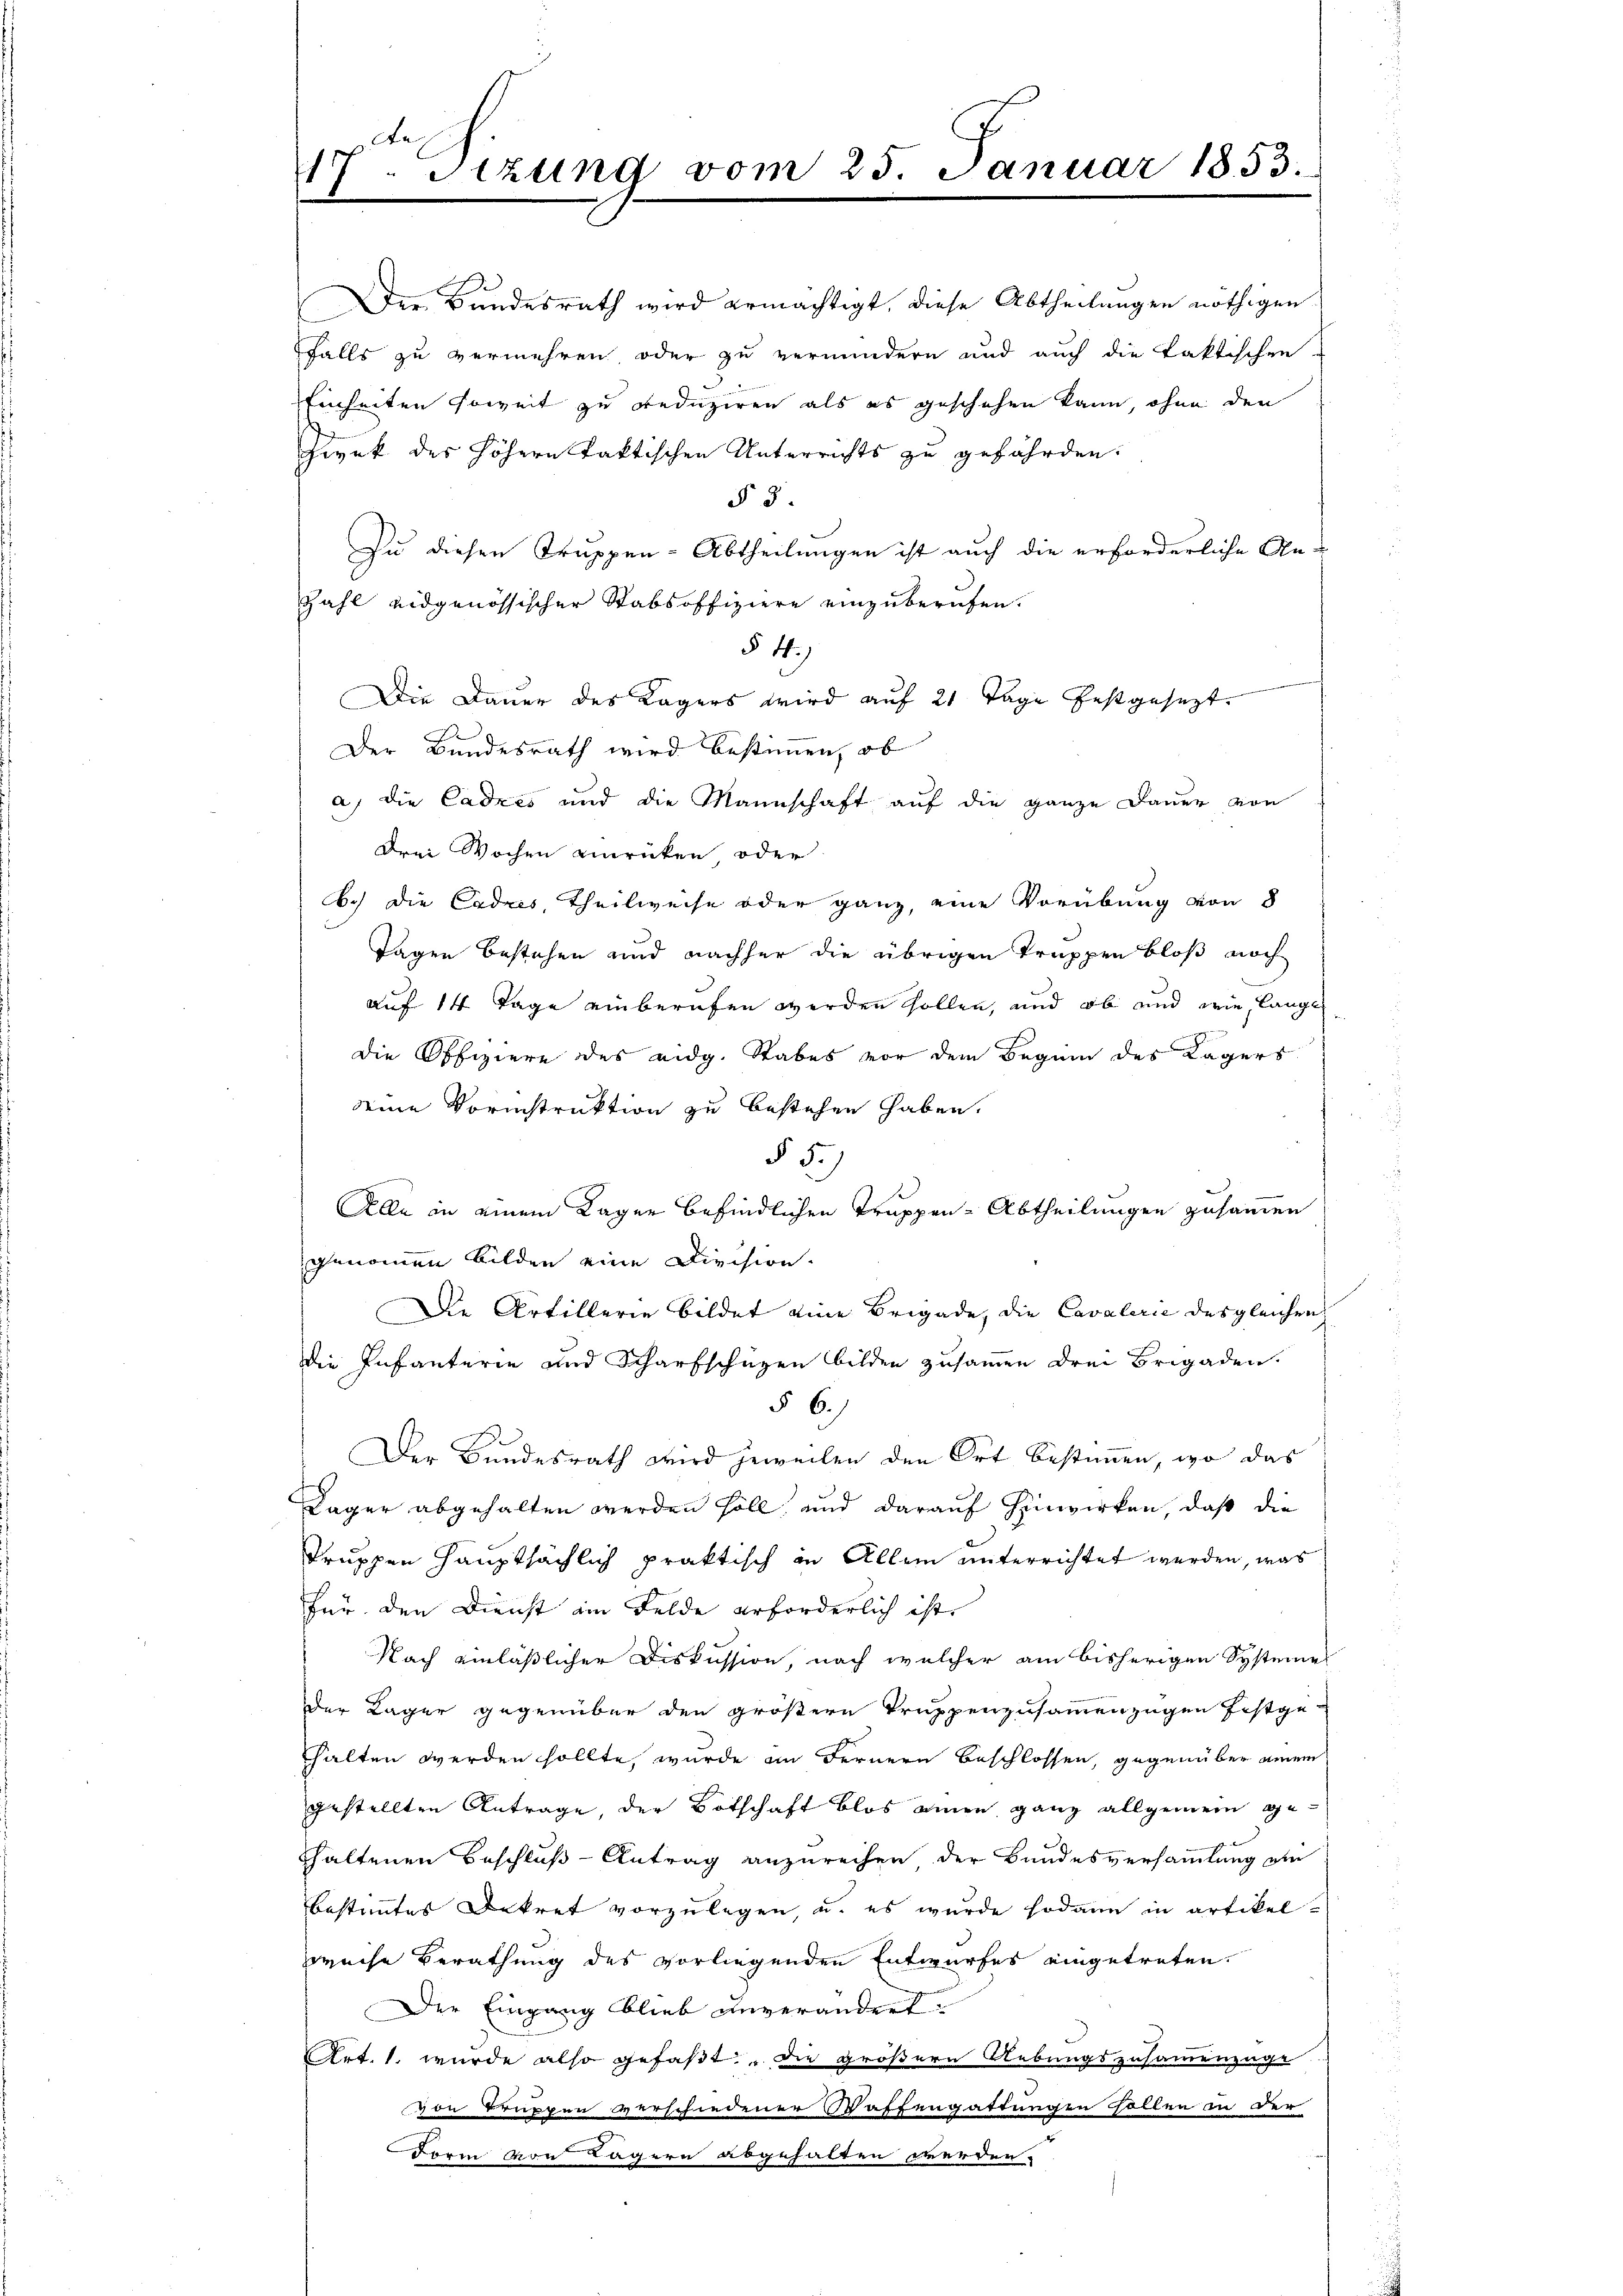
17. Setzung vom 25. Januar 1853.
m
f

zwek des höhern faktischen Unterrichts zu gefährden.
§ 3.
Zu diesen Truppen-Abtheilungen ist auch die erforderliche An¬
Zahl eidgenössischer Stabsoffiziere einzuberufen.
§ 44.)
Die Dauer des Kagers wird auf 21 Tage festgesezt.
Der Bundesrath wird bestimmen, ob
a) die Cadres und die Mannschaft auf die ganze Dauer von
drei Wochen einrücken, oder
b.) die Cadres, Theilweise oder ganz, eine Vorübung von 8
Tagen bestehen und nachher die übrigen Truppen bloß noch
auf 14 Tage einberufen werden sollen, und ob und wie lange
die Offiziere des eidg. Stabes vor dem Beginn des Lagers
seine Vorinstruktion zu bestehen haben.
§. 5.)
Alle in einem Kager befindlichen Truppen-Abtheilungen zusammen
genommen bilden eine Division.
Die Artillerie bildet eine Brigade, die Cavalerie des gleichen
die Infanterie und Scharfschüzen bilden zusammen drei Brigaden.
§ 6.
Der Bundesrath wird jeweilen den Ort bestimmen, wo das
Lager abgehalten werden soll, und darauf hinwirken, daß die
Truppen hauptsächlich praktisch in Allem unterrichtet werden, was
für den Dienst am Felde erforderlich ist
Nach einläßlicher Diskussion, nach welcher am bisherigen Systemes
der Lager gegenüber den größere Truppenzusammenzugen festge-
halten werden sollte, wurde im Fernern beschlossen, gegenüber einem
gestellten Antrage, der Botschaft blos einen ganz allgemein gethaltenen Beschluß - Antrag anzureihen der Bundesversammlung ein
bestimmtes Dekret vorzulegen, u. es wurde sodann in artikelpreche Berathung des vorliegenden Entwurfes eingetreten.
Der Eingang blieb unverändert.
Art. 1. wurde also gefaßt. Die größern Uebungszusammenzuge
von Bruppen verschiedener Waffengattungen sollen in der
Form von Lägern abgehalten werden.

Der Bundesrath wird ermächtigt, diese Abtheilungen nöthigen
falls zu vermehren oder zu vermindern und auch die Paktischen
Einheiten soweit zu reduziren als es geschehen kann, ohne den